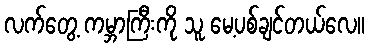
လက်တွေ့ ကမ္ဘာကြီးကို သူ မေ့ပစ်ချင်တယ်လေ။